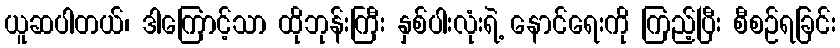
ယူဆပါတယ်၊ ဒါကြောင့်သာ ထိုဘုန်းကြီး နှစ်ပါးလုံးရဲ့ နောင်ရေးကို ကြည့်ပြီး စီစဉ်ရခြင်း